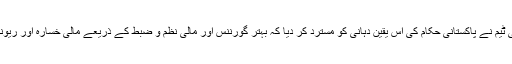
وزارت خزانہ کے ذرائع کے مطابق ہفتہ کو ہونے والے مذاکرات میں آئی ایم ایف کی ٹیم نے پاکستانی حکام کی اس یقین دہانی کو مسترد کر دیا کہ بہتر گورننس اور مالی نظم و ضبط کے ذریعے مالی خسارہ اور ریونیو وصولی کا ہدف پورا کر لیا جائے گا، تاہم مذاکرات اتوار کو بھی جاری رہیں گے۔